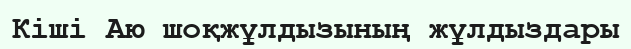
Кіші Аю шоқжұлдызының жұлдыздары